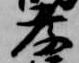
孝